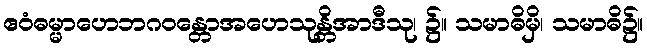
ဧဝံဓမ္မာဟေဘဂဝန္တောအဟေသုန္တိအာဒီသု၊ ၌။ သမာဓိမှိ၊ သမာဓိ၌။